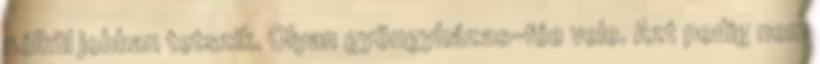
nélkül jobban tetszik. Olyan gyöngyházas-fée vele. Azt pedig nem